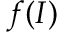
f ( I )